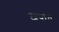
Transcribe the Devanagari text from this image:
जपात